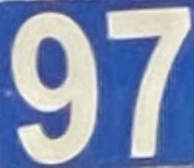
97